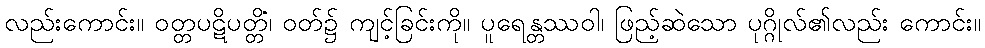
လည်းကောင်း။ ဝတ္တပဋိပတ္တိံ၊ ဝတ်၌ ကျင့်ခြင်းကို။ ပူရေန္တဿဝါ၊ ဖြည့်ဆဲသော ပုဂ္ဂိုလ်၏လည်း ကောင်း။